system: You are a helpful assistant.
user:
Analyze the provided spectrum to determine if it is a **S-type Star**.

- **Key Indicators for S-type Star:**

    - **(Overall Spectrum Shape):** The first and most obvious characteristic is the overall continuum (the "baseline" shape). It is **extremely "red-sloping,"** meaning the flux (light intensity) is very low on the left side (blue, ~4000-4500 Å) and rises steeply and continuously toward the right side (red, ~7000 Å+).

    - **(Primary):** The spectrum is defined by the presence of strong, broad molecular absorption "valleys" (bands) from **Zirconium Oxide (ZrO)**. The identification of these bands is the **primary requirement** for classifying a star as S-type.
        - **(Key Bandheads):** You must find distinct, deep "dips" where the light has been absorbed. The most critical band systems to locate are:
            - **~6474 Å** ($\gamma$-system): This is often the strongest and clearest ZrO feature, found in the red part of the spectrum.
            - **~5718 Å** & **~5551 Å** ($\beta$-system): A pair of prominent absorption features in the yellow-orange part of the spectrum.
            - **~4640 Å** ($\alpha$-system): A key absorption band system in the blue-green region of the spectrum.

    - **(Secondary Confirmation):** The classification is strengthened by finding additional absorption bands from other related heavy element oxides, which are expected to be present alongside ZrO.
        - **(Key Bandheads):**
            - **Yttrium Oxide (YO):** Look for absorption dips near **~4800 Å** and **~6100 Å**.
            - **Lanthanum Oxide (LaO):** Additional absorption features, particularly in the red-orange part of the spectrum, are also characteristic.

    - **(Line Profile):** The combination of the steep red continuum and these numerous, deep molecular bands (ZrO, YO, etc.) gives the entire spectrum a very **"chopped-up"** or **"bumpy"** appearance. Instead of a smooth curve, the spectrum looks as though large, wide chunks of light have been "carved out" of it at the specific wavelengths listed above.

Think first, call **spectral_visualization_tool** if needed to examine features in detail, then provide your final answer. Your response must adhere to the following strict rules:
1.  **Overall Structure:** Your response must follow the format `<think>...</think> <tool_call>...</tool_call> (if a tool is used) <answer>...</answer>`.
2.  **Tool Usage Constraint:** You may only make **one** tool call per turn.
3.  **Final Answer Format:** In the `<answer>` tag, your conclusion must be inside a `\boxed{}` command (e.g., `\boxed{YES}` or `\boxed{NO}`), followed by your justification.

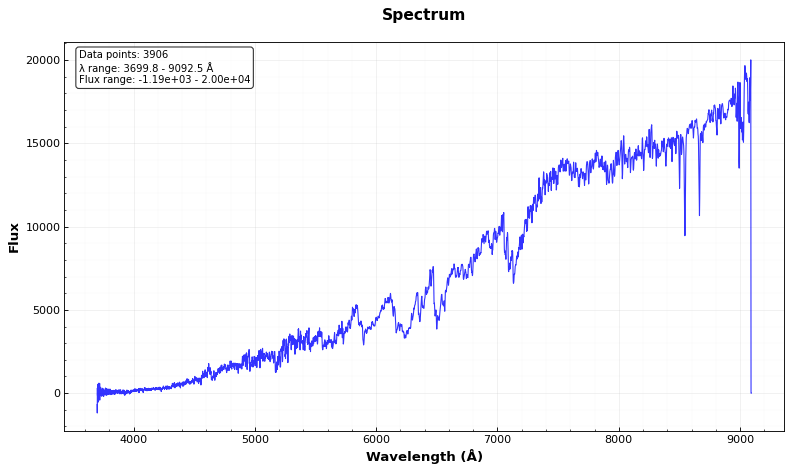
Answer: YES